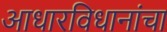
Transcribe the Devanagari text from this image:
आधारविधानांचा